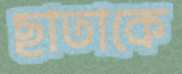
ছাতাকে